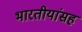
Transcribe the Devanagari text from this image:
भारतीयांसह